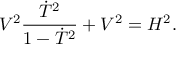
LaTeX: V ^ { 2 } { \frac { \dot { T } ^ { 2 } } { 1 - \dot { T } ^ { 2 } } } + V ^ { 2 } = { \cal H } ^ { 2 } .